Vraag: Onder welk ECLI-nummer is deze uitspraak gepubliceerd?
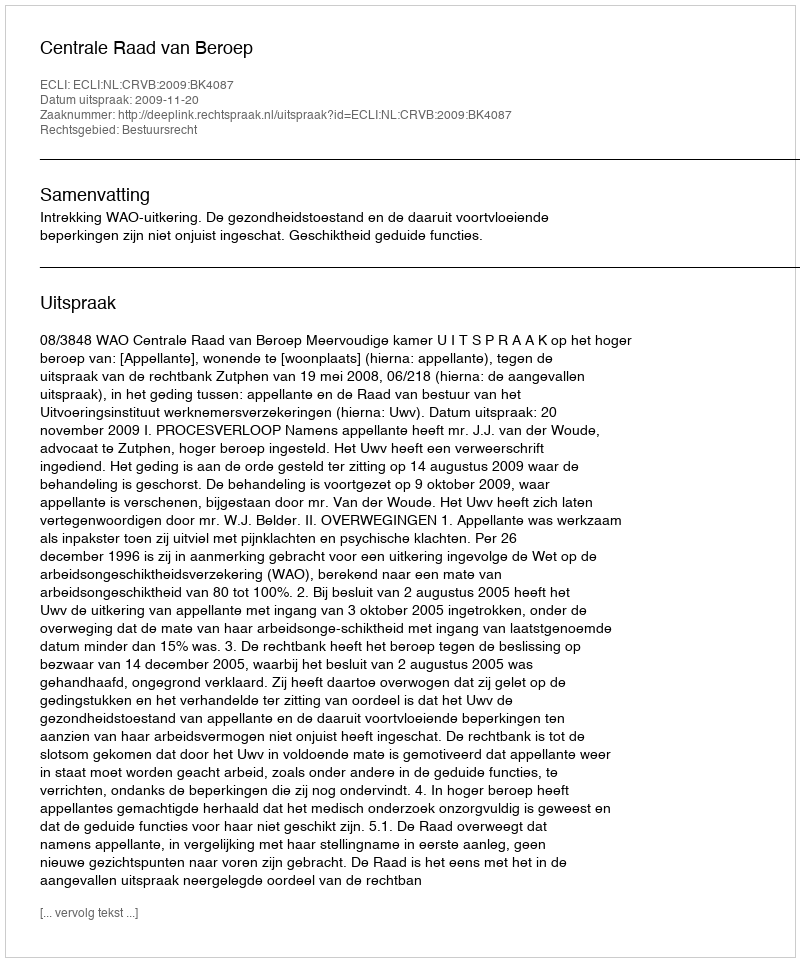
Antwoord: ECLI:NL:CRVB:2009:BK4087